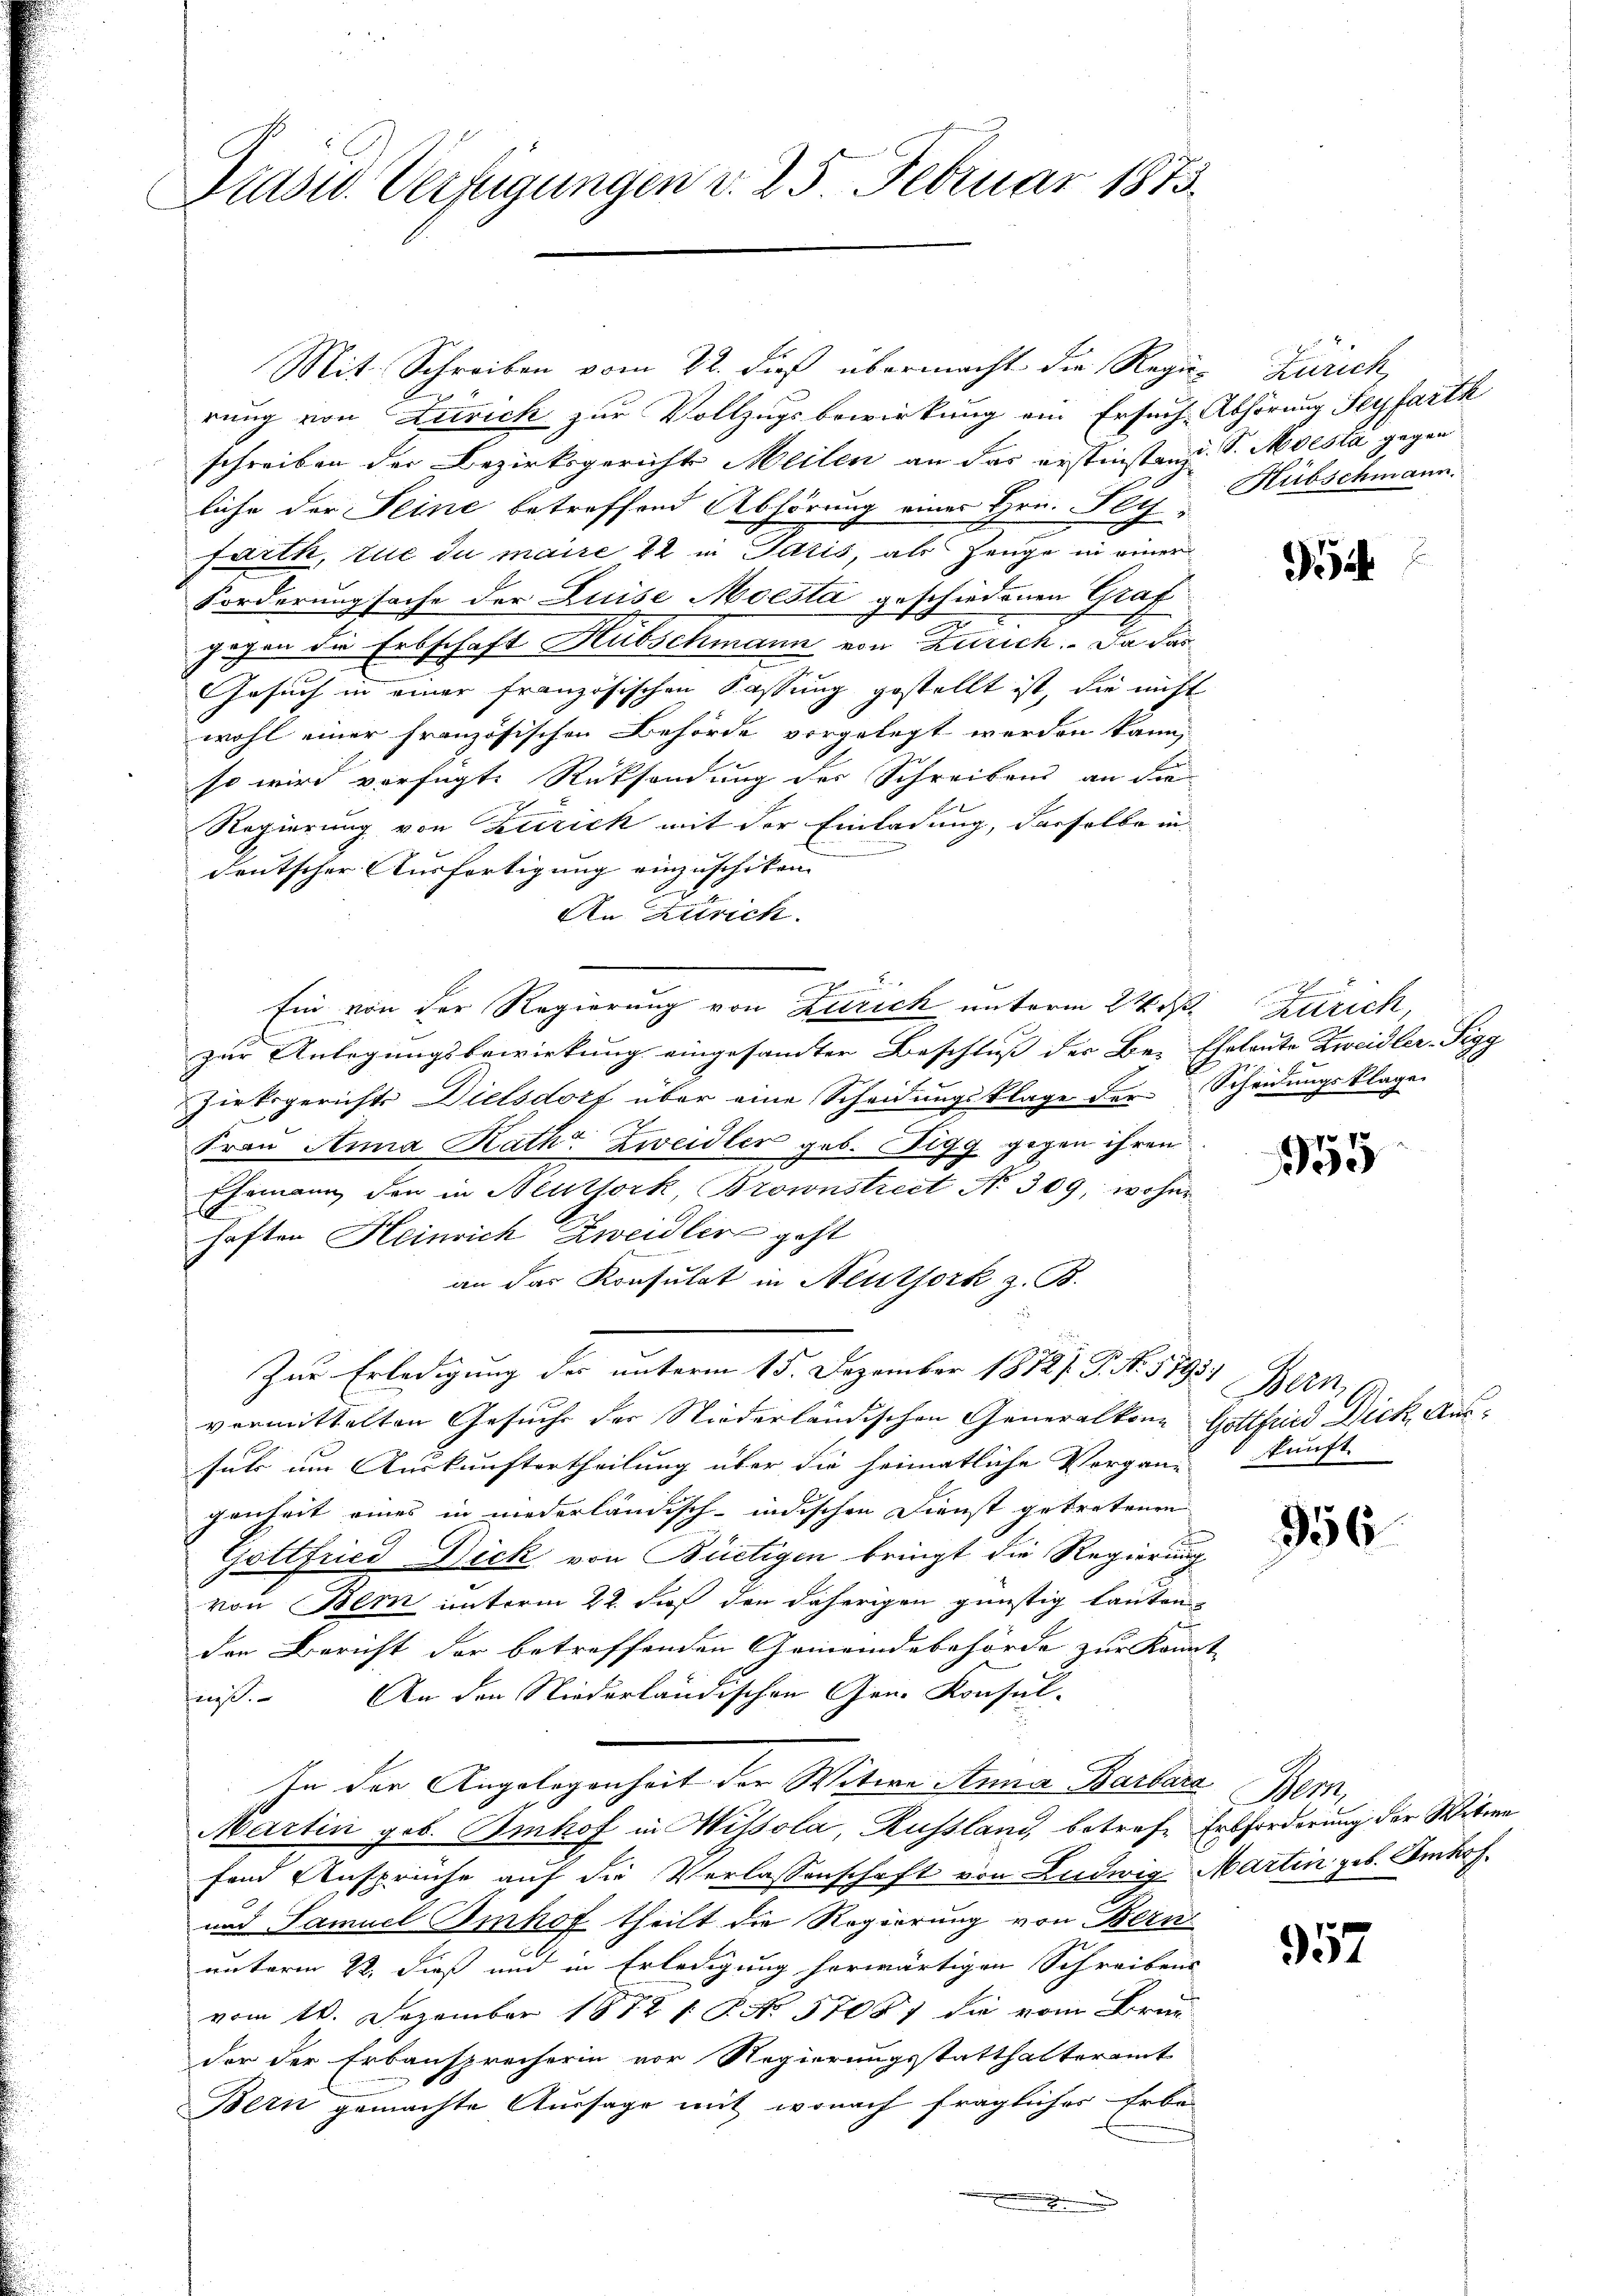
Präsid. Verfügungen d. 25 Februar 1873.

Mit Schreiben vom 22. dieß übermacht die Regie-Zürich,
rung von Zürich zur Vollzugsbewirkung ein Ersuch Abhörung Seyfarth
schreiben der Bezirksgericht Meilen an das erstinsten d. S. Moesla gegen
liche der Seine betreffend Abhörung einer Hrn. Pey-Hübschmann.
farth, tue du maire 22 in Ictis, als Zeuge in einer
Forderungsache der Luise Moesta geschiedenen Graf
gegen die Erbschaft Hubschmann von Zürich. Da das
Gesuch in einer französischen Fassung gestellt ist, die nicht
wohl einer französischen Behörde vorgelegt werden kann,
so wird verfügte Rücksendung der Schreibens an die
Regierung von Zutrick mit der Einladung, dasselbe in
deutscher Ausfertigung einzuschiken.
An Zürich.
Ein von der Regierung von Zürich unterm 24. d. Zürich,
zur Anlegungsbewirkung eingesamter Beschluß des Be- Eheleute Zweidler-Sigg
Zirksgerichts Dielsdorf über eine Scheidungsklage der Scheidungsklage
Frau Anna Rathe Zweidler geb. Sigg gegen ihren
Ehemann den in Neuthork, Brownstreit No 309, woher
haften Heinrich Zweidler geht
an das Konsulat in Neuthork z. B.
Zur Erledigung der unterm 15. Dezember 18727. P. Nr. 1795. Bern,
vermittelten Gesuche der Niederländischen Generalkon Gottfried Dick, Ausfuhr um Auskunftertheilung über die heimatliche Vergang kunft.
genheit eines in niederländisch-indischen Dienst getretenen
Gottfried Dick von Büetigen bringt die Regierung
von Bern unterm 22. daß den daherigen günstig lauten
den Bericht der betreffenden Gemeindebehörde zur Kannt |
niß. An den Niederländischen Gen. Konsul-
In der Angelegenheit der Witwe Anna Barbara Bern,
Martin geb. Imhof in Wissola, Russland, betrafe Erbforderung der Witwe
fend Ansprüche auf die Verlassenschaft von Ludwig Martin geb. Imhof
und Samuel Imhof theilt die Regierung von Bern
unterm 22. dieß und in Erledigung herwärtigen Schreibens
vom 10. Dezember 1872 1. P. No. 51087 die vom Brie
der der Erbausprecherin vor Regierungsstatthalteramt
Bern gemachte Aussage mit wonach fragliches Erbe-
.

i

155

356

957